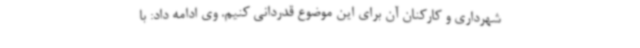
شهرداری و کارکنان آن برای این موضوع قدردانی کنیم. وی ادامه داد: با